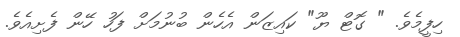
ހިފީމެވެ. " ގޮޓް ޔޫ" ކައިޒަން އެހެން ބުނުމަށް ފަހު ހޭން ފެށިއެވެ.